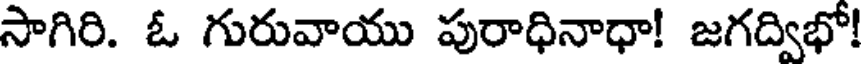
సాగిరి. ఓ గురువాయు పురాధినాధా! జగద్విభో!